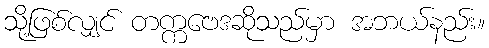
သို့ဖြစ်လျှင် တက္ကဗေဒဆိုသည်မှာ အဘယ်နည်း။